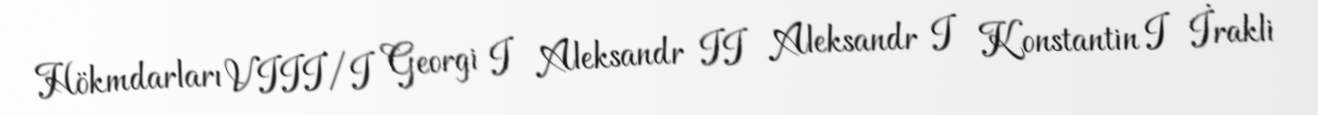
Hökmdarları VIII/I Georgi I Aleksandr II Aleksandr I Konstantin I İrakli